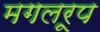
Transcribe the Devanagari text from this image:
मगलरूप